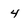
Character: 4